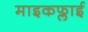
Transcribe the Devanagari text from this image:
माइकफ्लाई